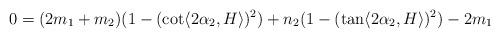
LaTeX: \begin{align*} 0=(2m_{1}+m_{2})(1-(\cot \langle 2\alpha_{2}, H\rangle )^{2})+n_{2}(1-(\tan \langle 2\alpha_{2}, H\rangle )^{2})-2m_{1} \end{align*}